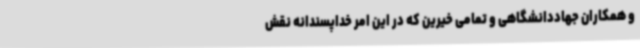
و همکاران جهاددانشگاهی و تمامی خیرین که در این امر خداپسندانه نقش